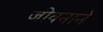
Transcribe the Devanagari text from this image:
जीवनाने